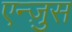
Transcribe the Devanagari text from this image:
एन्ज़ुस